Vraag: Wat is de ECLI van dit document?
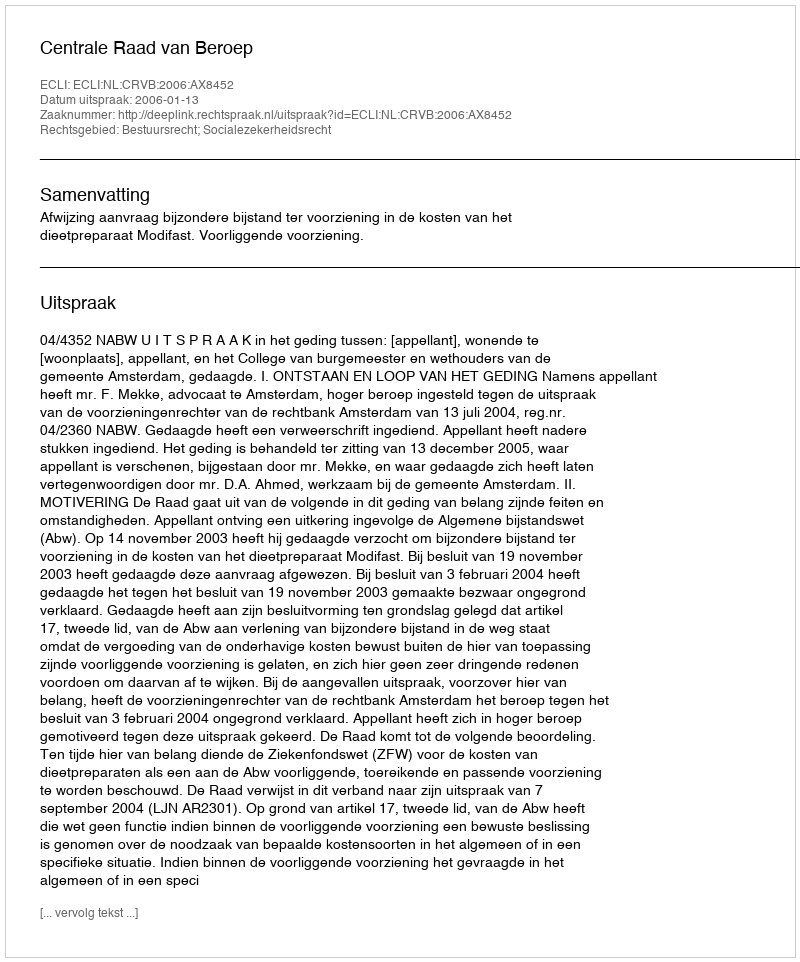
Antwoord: ECLI:NL:CRVB:2006:AX8452